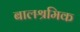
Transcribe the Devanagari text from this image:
बालश्रमिक